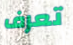
تعرف